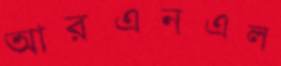
আরএনএল